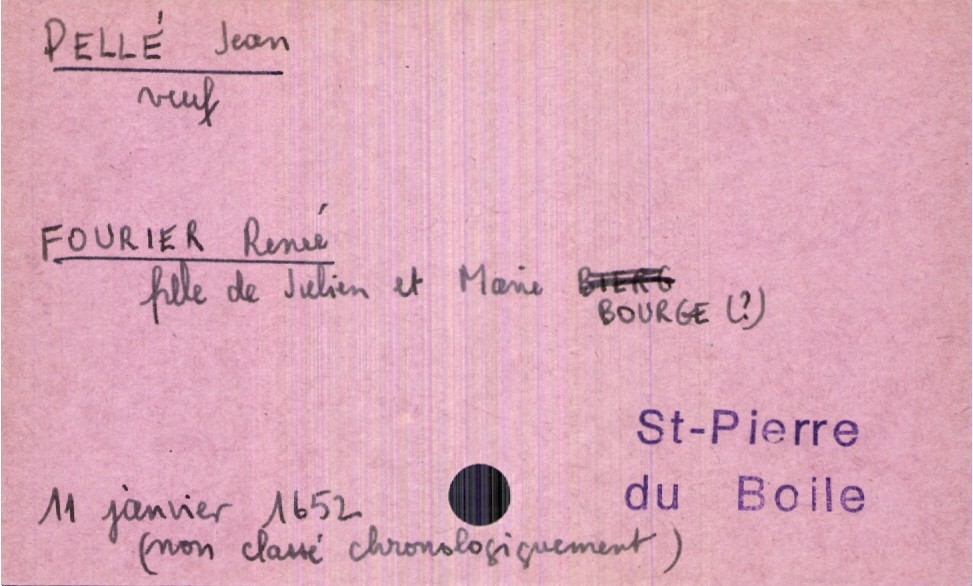
type_acte: Mariage
année: 1652
mois: janvier
jour: 11
paroisse: Saint-Pierre du Boile
observations: non classé chronologiquement
marié_nom: Pellé
marié_prénom: Jean
marié_statut: veuf
mariée_nom: Fourier
mariée_prénom: Renée
père_mariée_nom: Fourier
père_mariée_prénom: Julien
mère_mariée_nom: Bourge (?)
mère_mariée_prénom: Marie